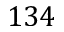
1 3 4